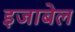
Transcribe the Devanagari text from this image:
इजाबेल